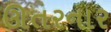
ઊતરનાર